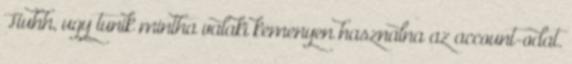
Huhh, ugy tunik mintha valaki kemenyen hasznalna az account-odat.